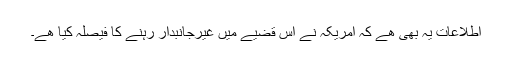
اطلاعات یہ بھی ھے کہ امریکہ نے اس قضیے میں غیرجانبدار رہنے کا فیصلہ کیا ھے۔